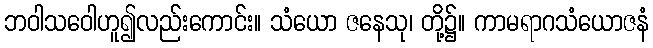
ဘဝါသဝေါဟူ၍လည်းကောင်း။ သံယော ဇနေသု၊ တို့၌။ ကာမရာဂသံယောဇနံ